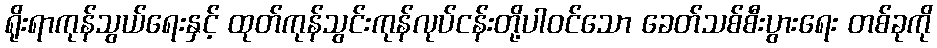
ရိုးရာကုန်သွယ်ရေးနှင့် ထုတ်ကုန်သွင်းကုန်လုပ်ငန်းတို့ပါဝင်သော ခေတ်သစ်စီးပွားရေး တစ်ခုကို